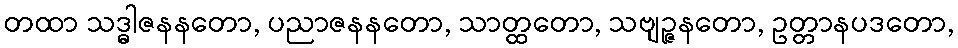
တထာ သဒ္ဓါဇနနတော, ပညာဇနနတော, သာတ္ထတော, သဗျဉ္ဇနတော, ဥတ္တာနပဒတော,